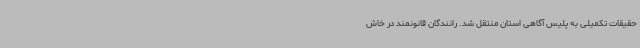
حقیقات تکمیلی به پلیس آگاهی استان منتقل شد. رانندگان قانونمند در خاش